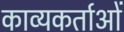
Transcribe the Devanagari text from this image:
काव्यकर्ताओं